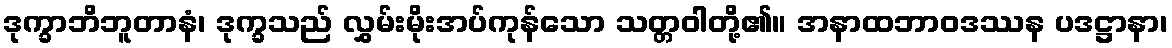
ဒုက္ခာဘိဘူတာနံ၊ ဒုက္ခသည် လွှမ်းမိုးအပ်ကုန်သော သတ္တဝါတို့၏။ အနာထဘာဝဒဿန ပဒဋ္ဌာနာ၊